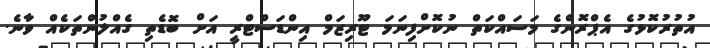
އުތުރުކޮޅުގެ އެޕްރޮންގެ މަސައްކަތް ނުކޮށްފިނަމަ ޓޫރިޒަމް އިންޑަސްޓްރީ އަށް ބޮޑެތި ގެއްލުންތަކެއް ވާނެ.